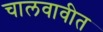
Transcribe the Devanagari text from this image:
चालवावीत